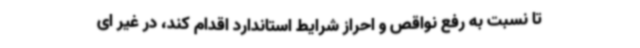
تا نسبت به رفع نواقص و احراز شرایط استاندارد اقدام کند، در غیر ای